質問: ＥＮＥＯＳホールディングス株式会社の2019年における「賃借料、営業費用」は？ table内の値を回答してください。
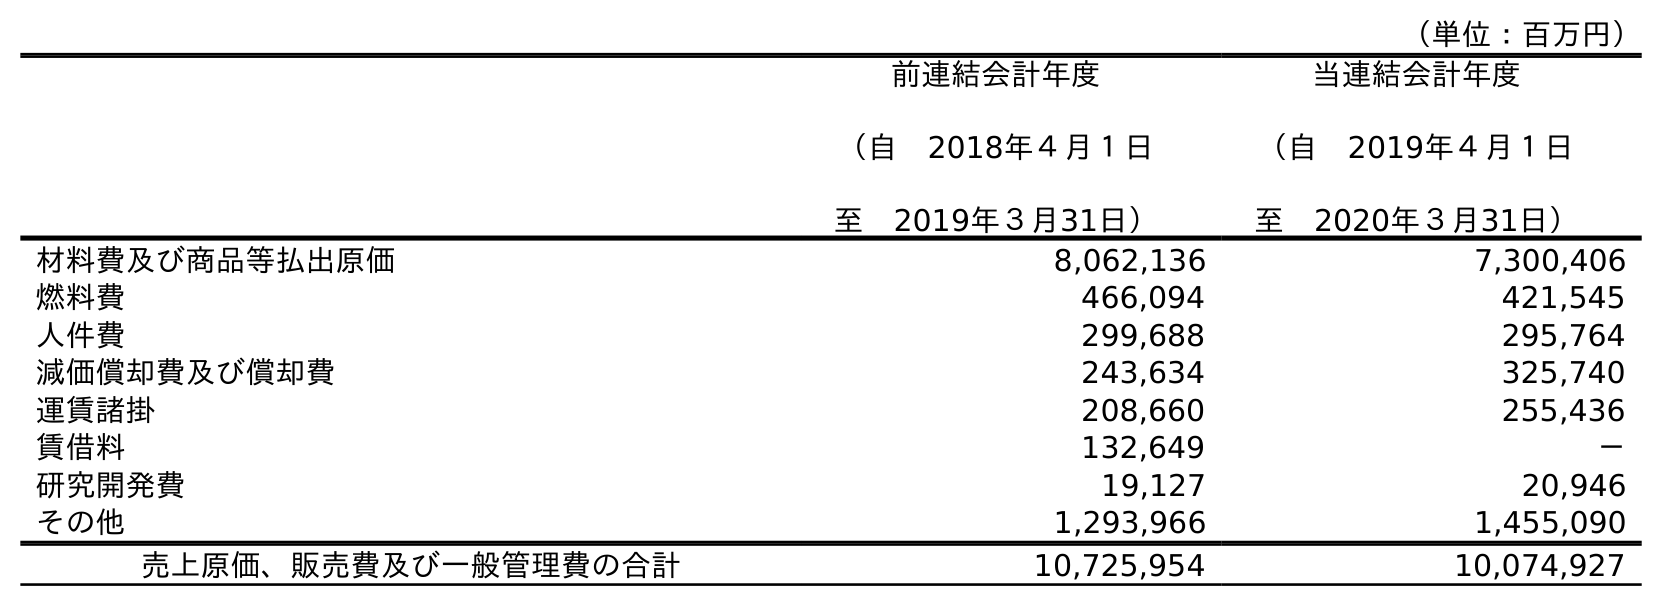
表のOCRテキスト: （単位：百万円） 前連結会計年度 （自 2018年４月１日 至 2019年３月31日） 当連結会計年度 （自 2019年４月１日 至 2020年３月31日） 材料費及び商品等払出原価 8,062,136 7,300,406 燃料費 466,094 421,545 人件費 299,688 295,764 減価償却費及び償却費 243,634 325,740 運賃諸掛 208,660 255,436 賃借料 132,649 － 研究開発費 19,127 20,946 その他 1,293,966 1,455,090 売上原価、販売費及び一般管理費の合計 10,725,954 10,074,927
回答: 132,649